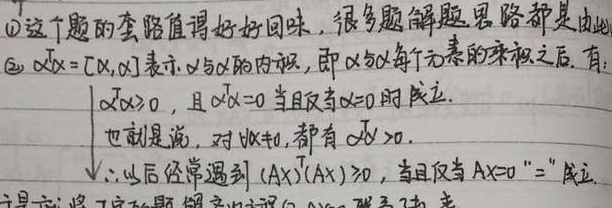
\textcircled{1}这个题的套路值得好好回味，很多题解题思路都是由此。
\textcircled{2}\(\alpha^{T}\alpha = [\alpha,\alpha]\)表示\(\alpha\)与\(\alpha\)的内积，即\(\alpha\)与\(\alpha\)每个元素的乘积之后，有：
\(\begin{cases}\alpha^{T}\alpha>0，且\alpha^{T}\alpha = 0当且仅当\alpha = 0时成立.\\也就是说，对\forall\alpha\neq0，都有\alpha^{T}\alpha>0.\end{cases}\)
\(\therefore\)以后经常遇到“\((AX)^{T}(AX)\geq0\)，当且仅当\(AX = 0\)“\(=\)”成立。